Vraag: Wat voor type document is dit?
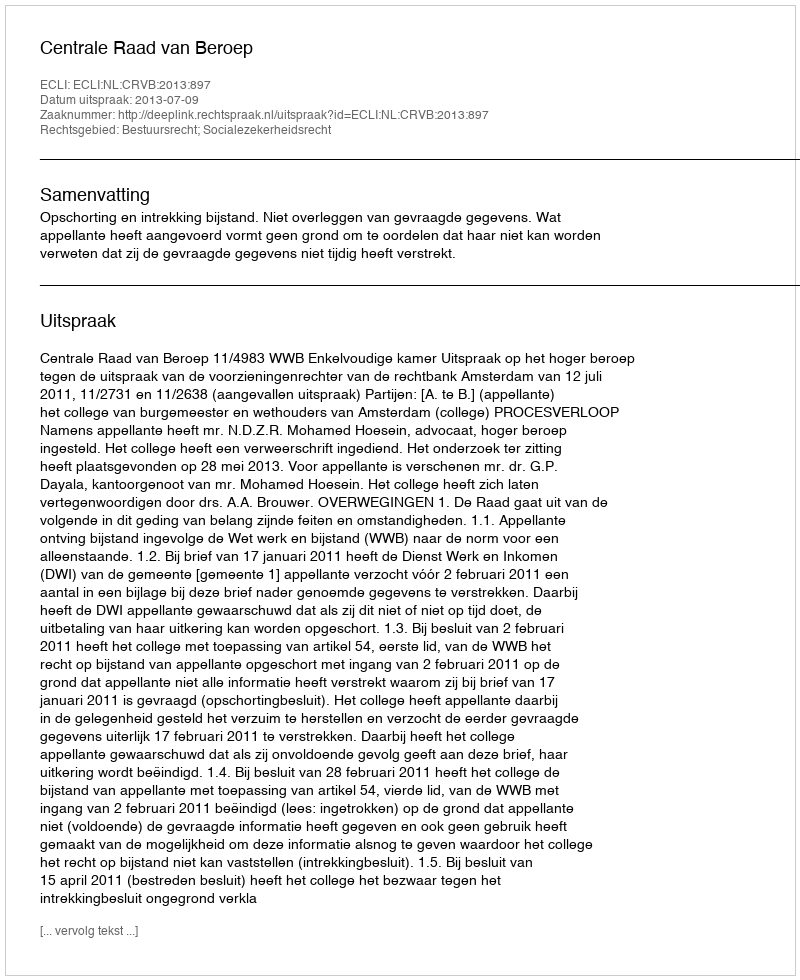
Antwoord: Uitspraak